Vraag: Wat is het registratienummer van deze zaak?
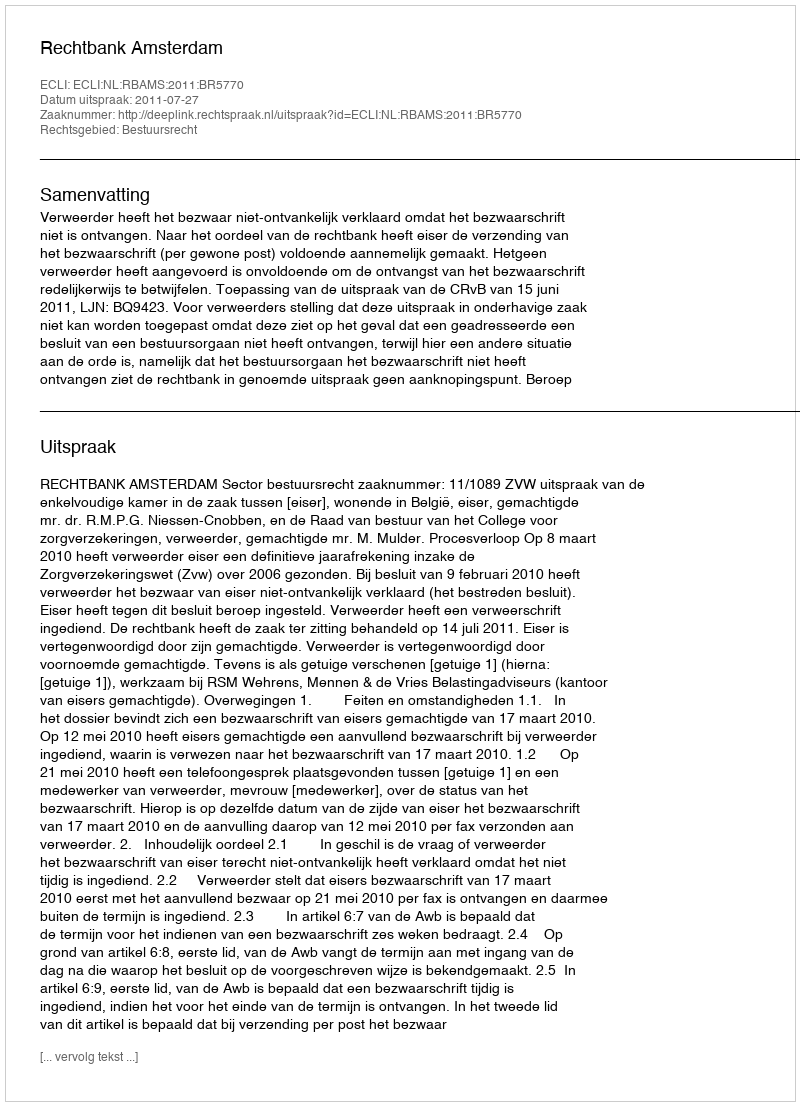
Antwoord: http://deeplink.rechtspraak.nl/uitspraak?id=ECLI:NL:RBAMS:2011:BR5770